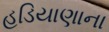
હડિયાણાના